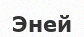
Эней